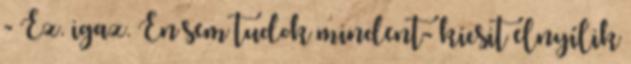
- Ez. igaz. Én sem tudok mindent- kicsit elnyílik